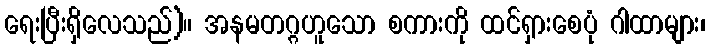
ရေးပြီးရှိလေသည်)။ အနမတဂ္ဂဟူသော စကားကို ထင်ရှားစေပုံ ဂါထာများ၊